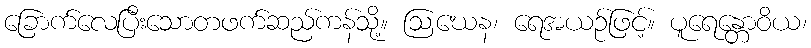
ခြောက်လေပြီးသောတဖက်ဆည်ကန်သို့။ ဩဃေန၊ ရေအယဉ်ဖြင့်။ ပူရေန္တောဝိယ၊